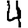
Digit: 4